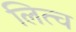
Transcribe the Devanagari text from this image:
लित्च